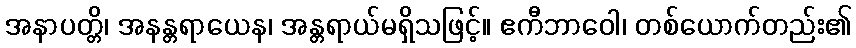
အနာပတ္တိ၊ အနန္တရာယေန၊ အန္တရာယ်မရှိသဖြင့်။ ဧကီဘာဝေါ၊ တစ်ယောက်တည်း၏